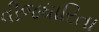
વીજધારિતા